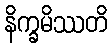
နိက္ခမိဿတိ